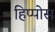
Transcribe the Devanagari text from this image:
हिप्पोस